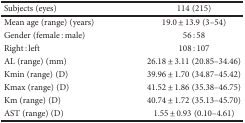
<table><thead><tr><td><b>Subjects (eyes)</b></td><td><b>114 (215)</b></td></tr></thead><tbody><tr><td>Mean age (range) (years)</td><td>19.0 ± 13.9 (3–54)</td></tr><tr><td>Gender (female : male)</td><td>56 : 58</td></tr><tr><td>Right : left</td><td>108 : 107</td></tr><tr><td>AL (range) (mm)</td><td>26.18 ± 3.11 (20.85–34.46)</td></tr><tr><td>Kmin (range) (D)</td><td>39.96 ± 1.70 (34.87–45.42)</td></tr><tr><td>Kmax (range) (D)</td><td>41.52 ± 1.86 (35.38–46.75)</td></tr><tr><td>Km (range) (D)</td><td>40.74 ± 1.72 (35.13–45.70)</td></tr><tr><td>AST (range) (D)</td><td>1.55 ± 0.93 (0.10–4.61)</td></tr></tbody></table>